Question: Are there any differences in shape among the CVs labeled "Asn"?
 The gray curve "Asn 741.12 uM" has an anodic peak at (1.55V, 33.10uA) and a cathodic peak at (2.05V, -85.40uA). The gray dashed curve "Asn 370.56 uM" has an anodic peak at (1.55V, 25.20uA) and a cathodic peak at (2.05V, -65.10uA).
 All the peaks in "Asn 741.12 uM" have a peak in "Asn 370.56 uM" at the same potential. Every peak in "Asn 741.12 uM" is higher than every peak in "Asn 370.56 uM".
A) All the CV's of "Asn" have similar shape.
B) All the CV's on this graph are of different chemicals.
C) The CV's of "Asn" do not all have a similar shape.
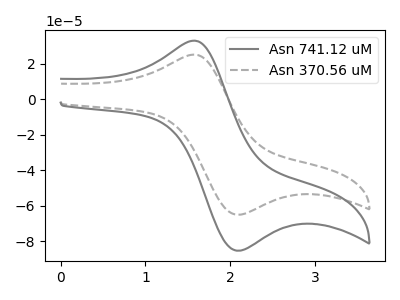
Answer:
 <answer>A) All the CV's of "Asn" have similar shape.</answer>
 <eval>A</eval>